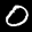
Label: 0